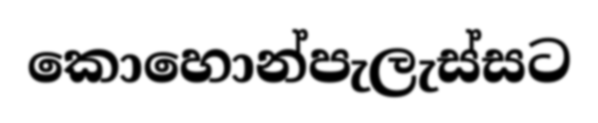
කොහොන්පැලැස්සට